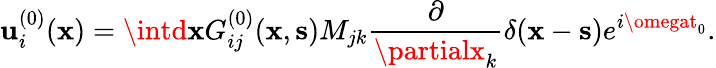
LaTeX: \mathbf{u}_{i}^{(0)}({\mathbf{x}})=\intd{\mathbf{x}}G_{ij}^{(0)}({\mathbf{x}},{\mathbf{s}})M_{jk}\frac{{\partial}}{{\partialx_{k}}}\delta({\mathbf{x}}-{\mathbf{s}})e^{i\omegat_{0}}.